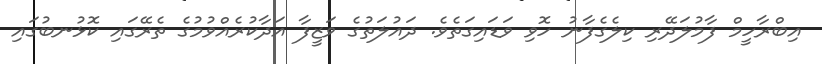
އިބްރާހީމް ފާމުލަދޭރި ކިލެގެފާނު ހޮވި ވަޑައިގަތެވެ. ދައުލަތުގެ ވަޒީފާ އަދާކުރެއްވުމުގެ ތެރޭގައި ކޮޅުނބުގައި